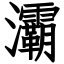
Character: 灞